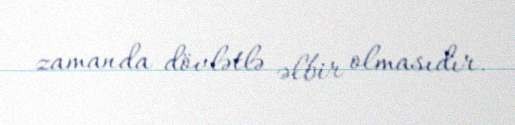
zamanda dövlətlə əlbir olmasıdır.